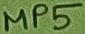
Text: MP5